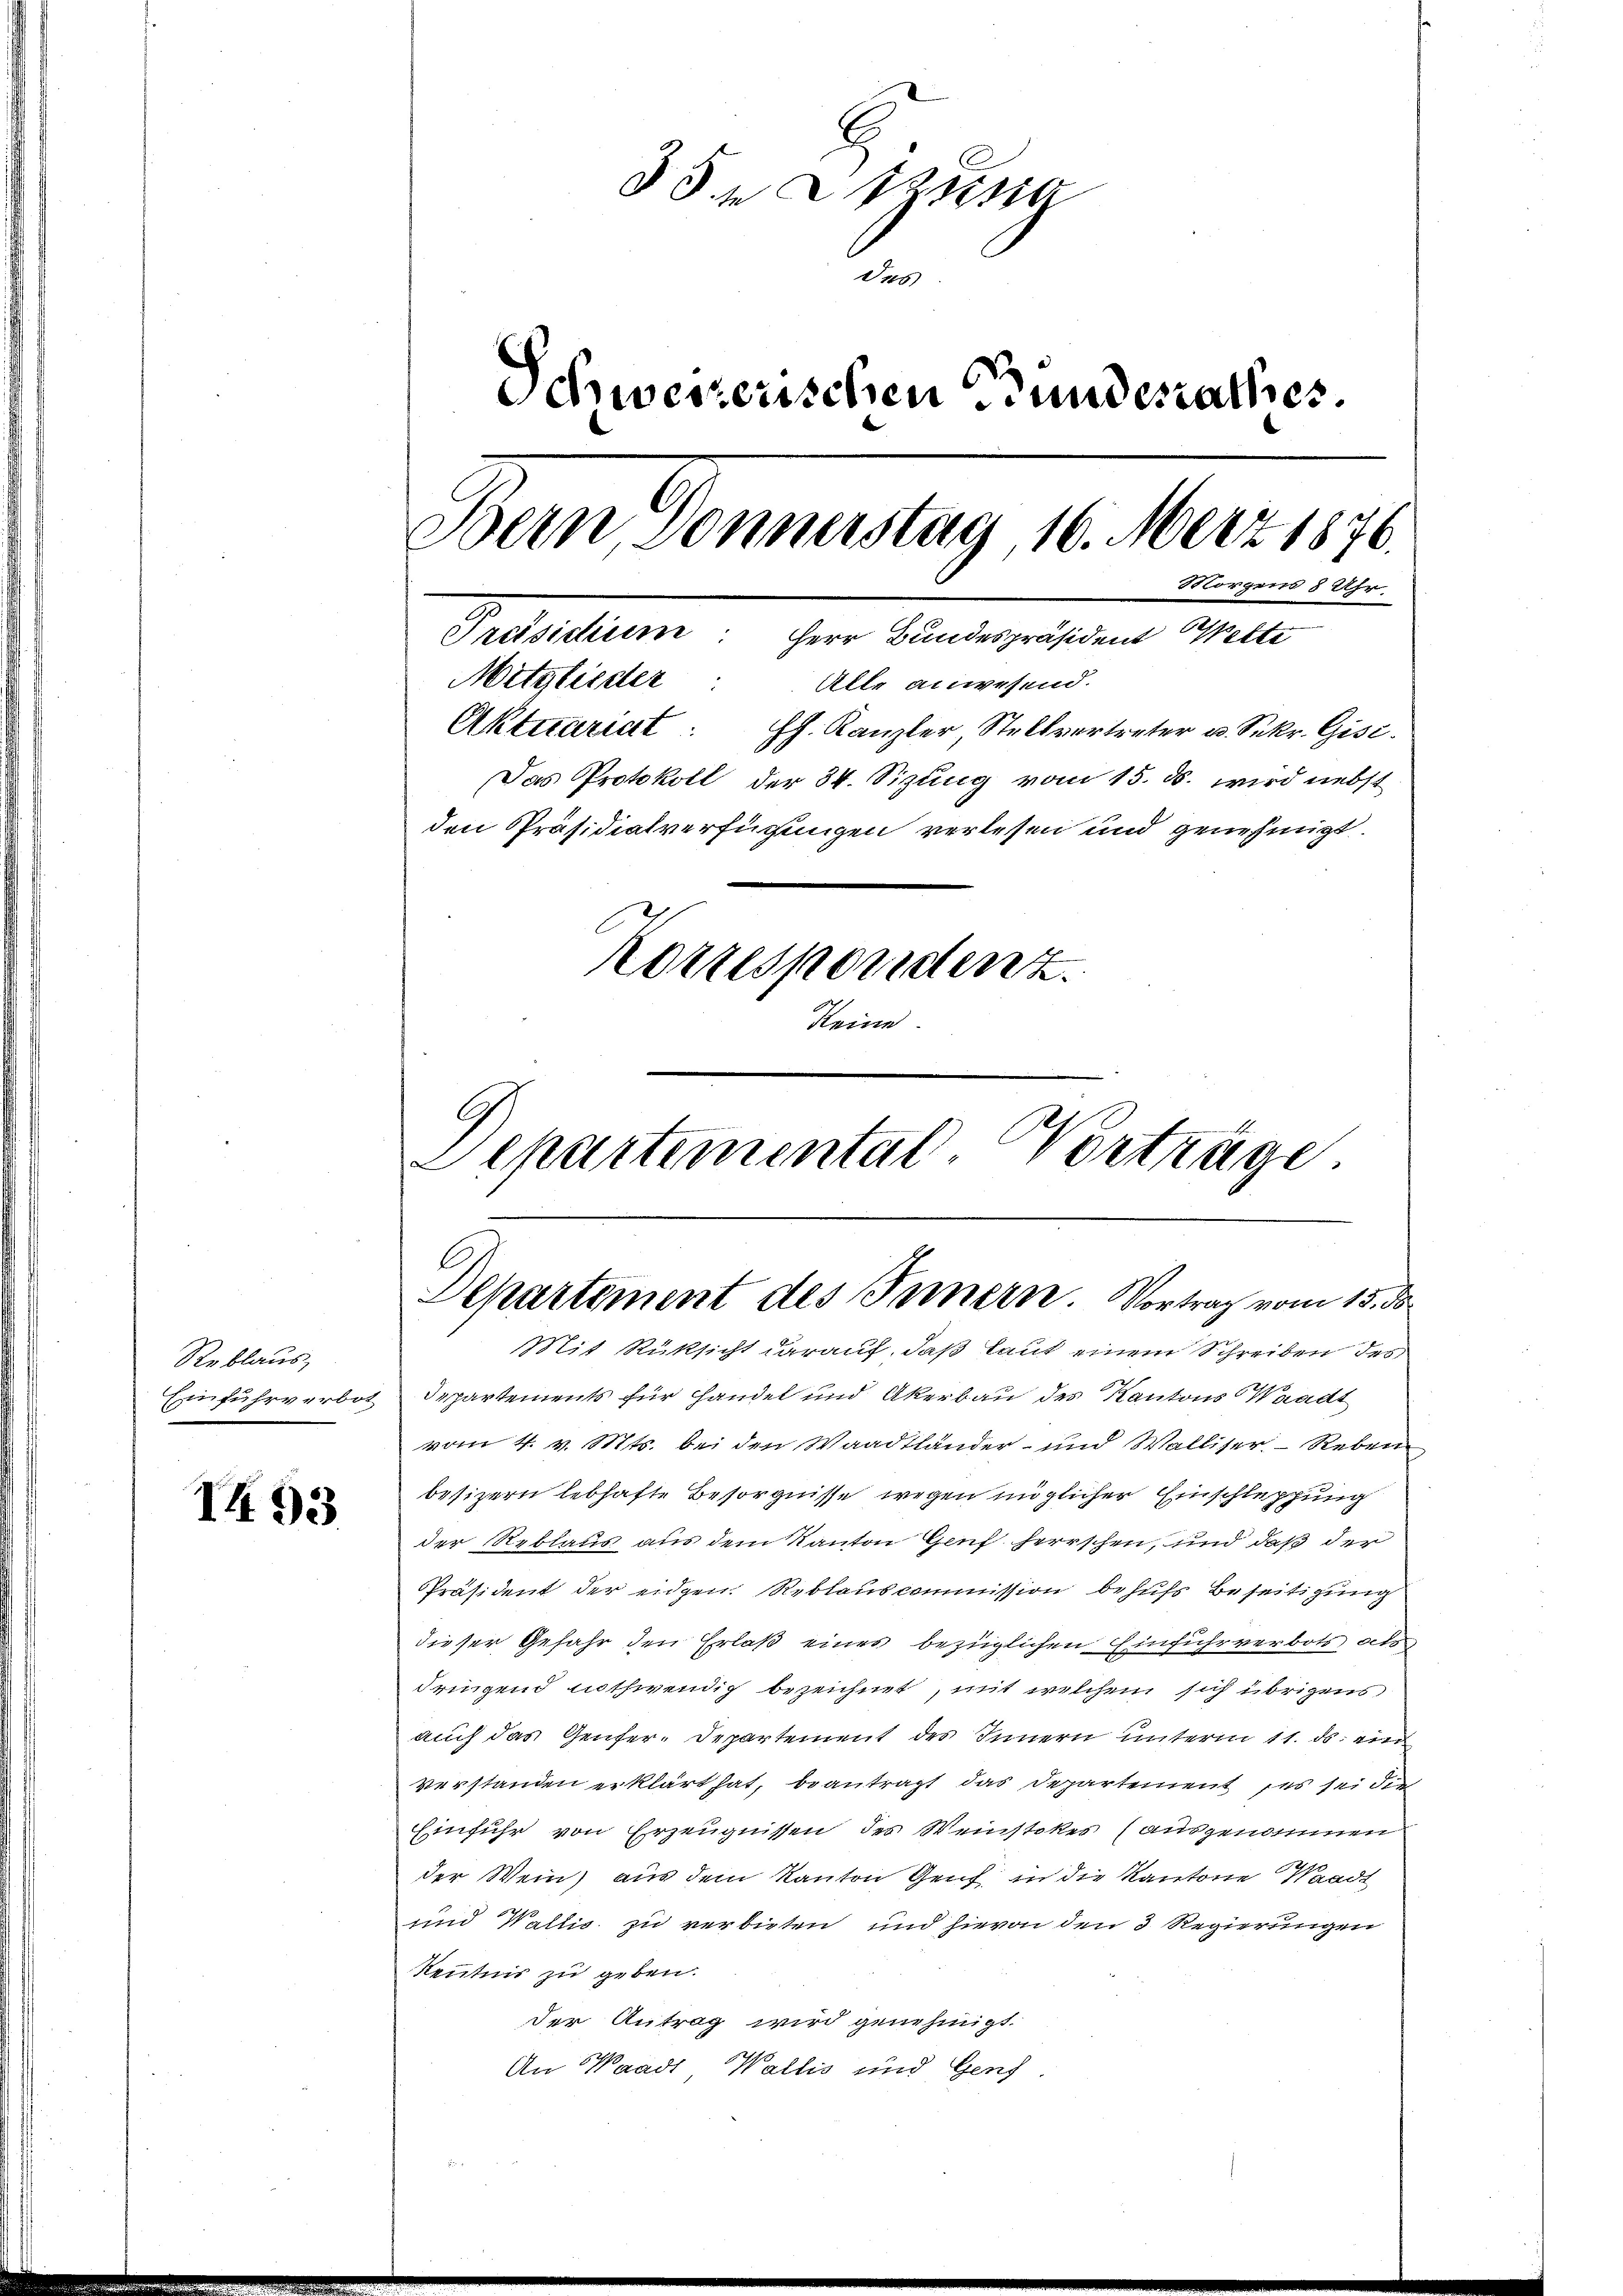
Reblaus,

I 93.

35 Sitzung
des
Schweizerischen Bundesrathes.
Bern, Donnerstag, 16. März 1876.
Morgens 8 Uhr.
Präsidhum: Herr Bundespräsident Wette
Mitglieder: Alle anwesend.
Aktuariat. Ph. Kanzler, Stellvertreter u. Sekr. Gisi¬
Das Protokoll der 34. Sizung vom 15. ds. wird nebst
den Präsidialverfügungen verlesen und genehmigt.
Korrespondenz.
keine

Departemental-Verträge.
Departement des Innern. Vortrag vom 15. ds
Mit Rüksicht darauf, daß laut einem Schreiben des

Einfuhrverbot Departements für handel und Akerbau des Kantons Waadt
vom 4. v. Mts. bei den Waadtländer- und Walliser- Reben
besizern lebhafte Besorgnisse wegen möglicher Einschleppung
der Reblaus aus dem Kanton Genf herrschen, und daß der
Präsident der eidgen. Reblauscommission behufs Beseitigung
dieser Gefahr den Erlaß eines bezüglichen Einfuhrverbots als
dringend nothwendig bezeichnet, mit welchem sich übrigens
auch das Genfer-Departement des Innern unterm 11. ds. ein
verstanden erklärt hat, beantragt das Departement es sei die
Einfuhr von Erzeugnissen des Weinstiker (ausgenommen
der Wein, aus dem Kanton Genf in die Kantone Waadt
und Wallis zu verbieten und hievon den 3 Regierungen
Kenntnis zu geben.
der Antrag wird genehmigt.
An Waadt, Wallis und Genf.